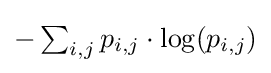
\textstyle -\sum _{i,j}p_{i,j}\cdot \log(p_{i,j})